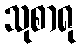
သုစာရု